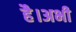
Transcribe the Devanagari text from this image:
है।अभी